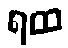
ရထ